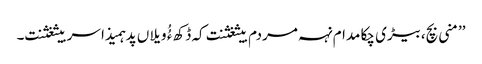
’’منی بچ،بیڑی چکا مدام نہہ مردم بیثغثنت کہ ڈکھ ءُُ ویلاں پد ہمیذا سربیثغثنت۔